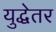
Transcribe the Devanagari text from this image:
युद्धेतर